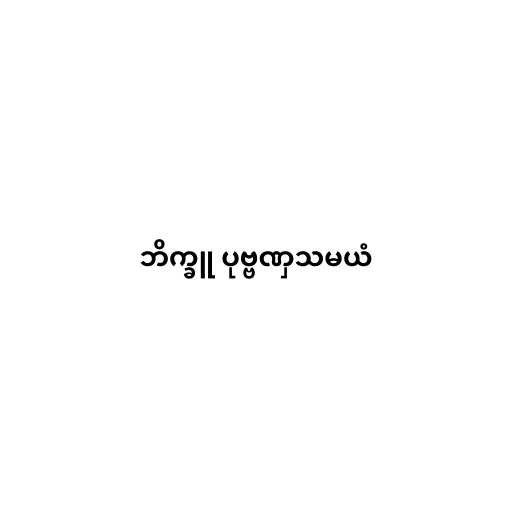
ဘိက္ခူ ပုဗ္ဗဏှသမယံ